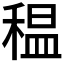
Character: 𥠺